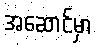
အဆောင်မှာ